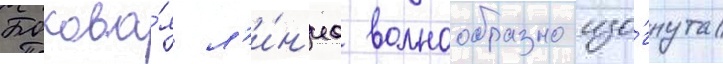
Бокова́я л'и́н'иа волнообразно изо́гнута